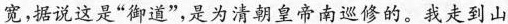
宽，据说这是”御道”，是为清朝皇帝南巡修的。我走到山